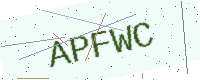
Text: APFWC